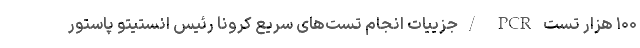
۱۰۰ هزار تست PCR /جزییات انجام تست‌های سریع کرونا رئیس انستیتو پاستور